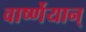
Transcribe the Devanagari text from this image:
वार्ष्णेयान्‌